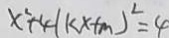
x ^ { 2 } + 4 ( k x + m ) ^ { 2 } = 4